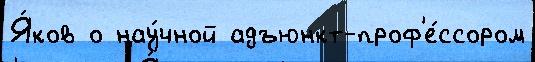
Я́ков о нау́чной адъюнкт-проф'е́ссором